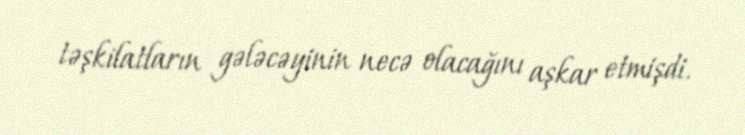
təşkilatların gələcəyinin necə olacağını aşkar etmişdi.